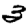
Digit: 3